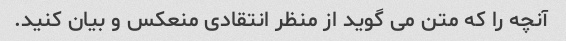
آنچه را که متن می گوید از منظر انتقادی منعکس و بیان کنید.